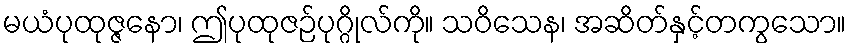
မယံပုထုဇ္ဇနော၊ ဤပုထုဇဉ်ပုဂ္ဂိုလ်ကို။ သဝိသေန၊ အဆိတ်နှင့်တကွသော။